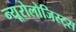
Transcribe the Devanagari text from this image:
न्यूरोलोजिस्ट्स